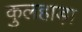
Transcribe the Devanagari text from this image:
कुलहाड़ा